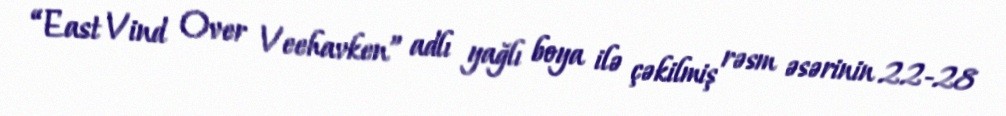
“East Vind Over Veehavken” adlı yağlı boya ilə çəkilmiş rəsm əsərinin 22-28